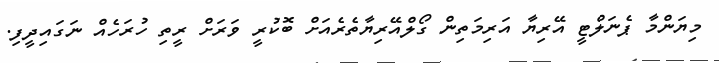
މިޔަންމާ ޕެނަލްޓީ އޭރިޔާ އަރިމަތިން ގޯލްއޭރިޔާތެރެއަށް ބޮކުރީ ވަރަށް ރީތި ހުރަހެއް ނަގައިދީފި.